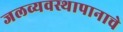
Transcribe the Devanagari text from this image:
जलव्यवस्थापानाचे